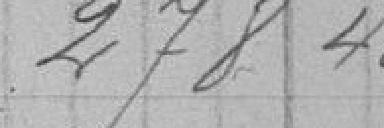
278,40